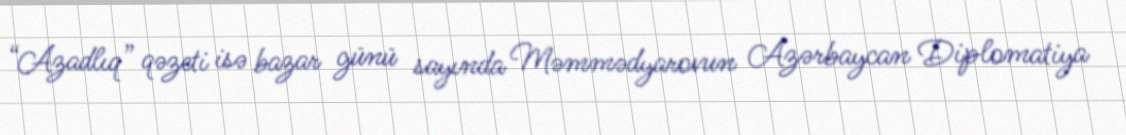
“Azadlıq” qəzeti isə bazar günü sayında Məmmədyarovun Azərbaycan Diplomatiya